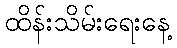
ထိန်းသိမ်းရေးနေ့